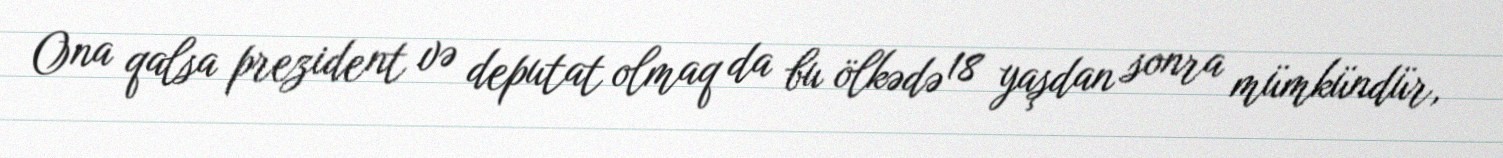
Ona qalsa prezident və deputat olmaq da bu ölkədə 18 yaşdan sonra mümkündür,